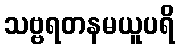
သဗ္ဗရတနမယူပရိ